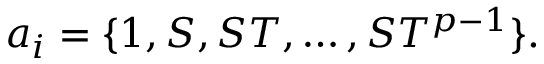
a _ { i } = \{ 1 , S , S T , \dots , S T ^ { p - 1 } \} .